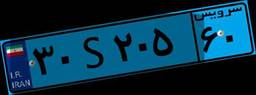
۳۰S۲۰۵۶۰